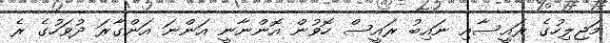
މަޖިލިހުގެ ރައީސާއި ނައިބު ރައީސް ހޮވުން އޮންނާނީ އަންނަ އަންގާރަ ދުވަހުގެ ރެ